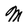
Character: M